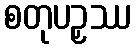
စတုပဉှဿ